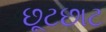
છૂટછાટ